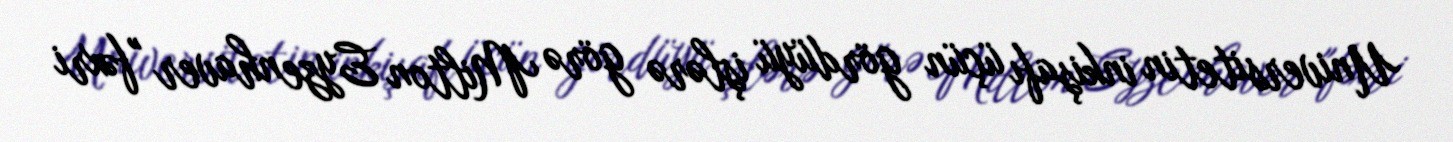
Universitetin inkişafı üçün gördüyü işlərə görə Milton Eyzenhaver "fəxri